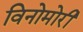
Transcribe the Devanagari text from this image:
विनोमोरी